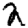
Digit: 2